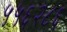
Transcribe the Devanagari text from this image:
५५६२८६